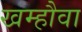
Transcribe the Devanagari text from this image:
खम्हौवा